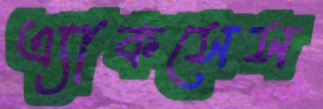
এ্যাকসেস